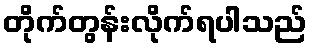
တိုက်တွန်းလိုက်ရပါသည်